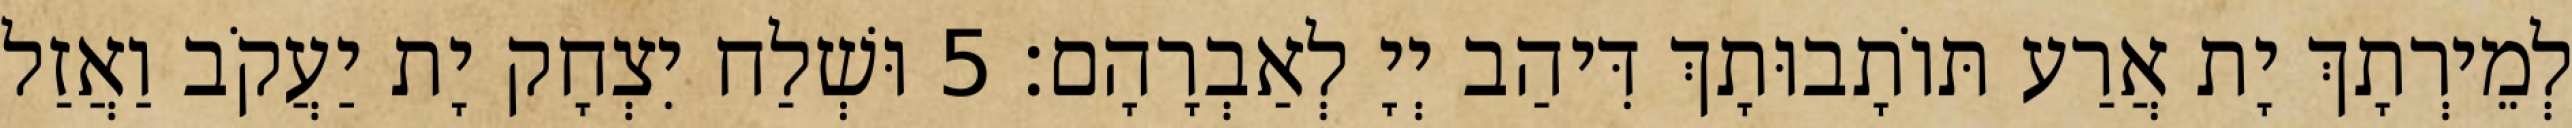
לְמֵירְתָךְ יָת אֲרַע תּוֹתָבוּתָךְ דִּיהַב יְיָ לְאַבְרָהָם׃ 5 וּשְׁלַח יִצְחָק יָת יַעֲקֹב וַאֲזַל